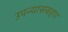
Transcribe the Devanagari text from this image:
उपन्यासबहार